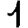
Digit: 1